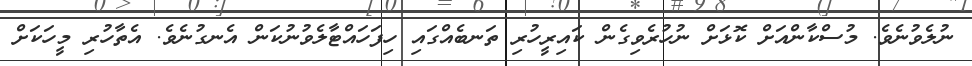
ނުލެވުނެވެ. މުސްކާންއަށް ކޮޅަށް ނުހުރެވިގެން ކައިރީހުރި ތަނބެއްގައި ހިފަހައްޓާލެވުނުކަން އެނގުނެވެ. އެތާހުރި މީހަކަށް